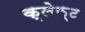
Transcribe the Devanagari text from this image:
क्लेफ़्ट